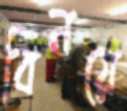
বিনয়ে